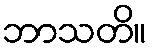
ဘာသတိ။